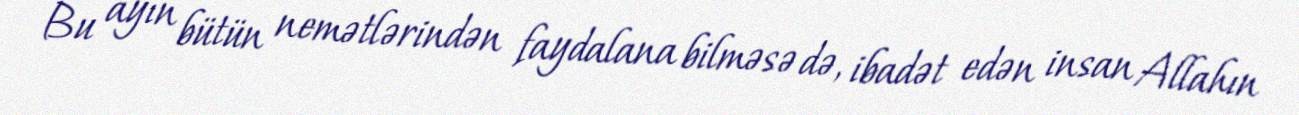
Bu ayın bütün nemətlərindən faydalana bilməsə də, ibadət edən insan Allahın